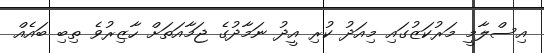
އިސްލާމީ މަރުކަޒުގައި މިއަދު ކުރި އީދު ނަމާދުގެ ޖަމާއަތަށް ހާޒިރުވެ ތިބި ބައެއް